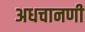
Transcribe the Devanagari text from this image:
अधचानणी